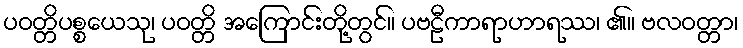
ပဝတ္တိပစ္စယေသု၊ ပဝတ္တိ အကြောင်းတို့တွင်။ ပဗဠီကာရာဟာရဿ၊ ၏။ ဗလဝတ္တာ၊